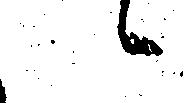
候